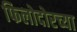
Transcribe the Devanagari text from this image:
फिलोदोरच्या